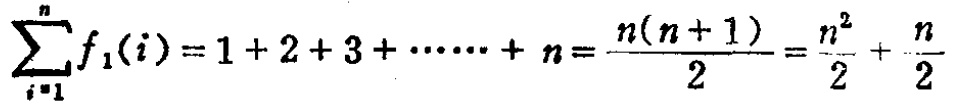
\(\sum_{i = 1}^{n} f_{1}(i)=1 + 2+3+\cdots + n=\frac{n(n + 1)}{2}=\frac{n^{2}}{2}+\frac{n}{2}\)